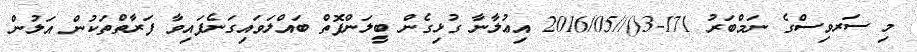
މި ސަރވިސްގެ ނަމްބަރު 171-3()//2016/05 އިޢުލާނާ ގުޅިގެން ބީލަންފޮތް ބައްލަވައިގަނެފައިވާ ފަރާތްތަކުން އަލުން